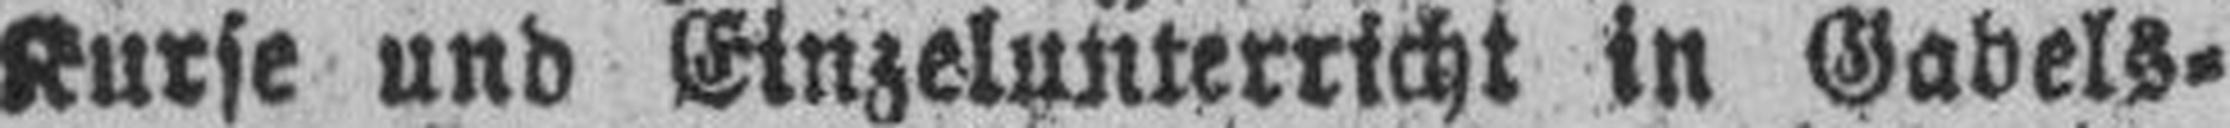
Kurse und Einzelunterricht in Gabels¬